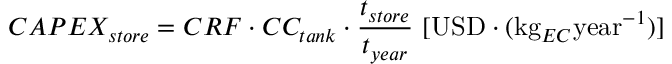
C A P E X _ { s t o r e } = C R F \cdot C C _ { t a n k } \cdot \frac { t _ { s t o r e } } { t _ { y e a r } } \ [ \mathrm { U S D } \cdot ( \mathrm { k g } _ { E C } \mathrm { y e a r } ^ { - 1 } ) ]